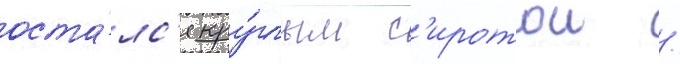
оста́лс'я кру́глым с'иротои /